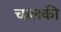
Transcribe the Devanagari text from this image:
चालकी